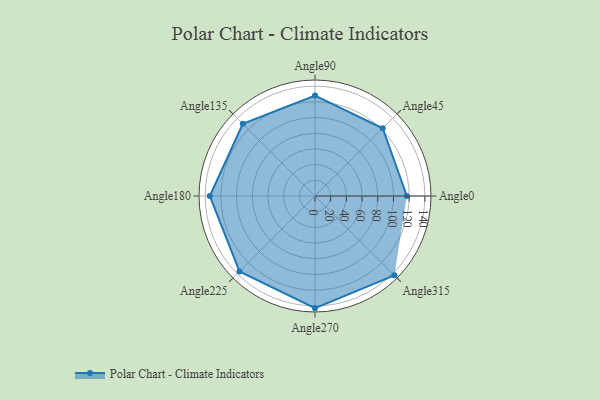
{"axis": {"x": "Angle", "y": "Radius"}, "legend": [""], "data": [{"x": "Angle0", "y": 117.0, "type": ""}, {"x": "Angle45", "y": 122.0, "type": ""}, {"x": "Angle90", "y": 128.0, "type": ""}, {"x": "Angle135", "y": 130.0, "type": ""}, {"x": "Angle180", "y": 134.0, "type": ""}, {"x": "Angle225", "y": 136.0, "type": ""}, {"x": "Angle270", "y": 143.0, "type": ""}, {"x": "Angle315", "y": 143.0, "type": ""}]}